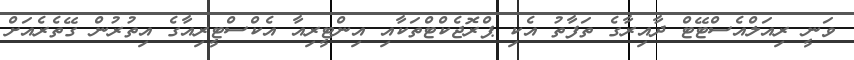
ވަނީ ރިއަލްއެސްޓޭޓް ދާއިރާގެ ތަފާތު އެކި ޕްރޮޖެކްޓްތަކާއި އިންޓީރިއާ އެކްސްޓީރިއާގެ އިތުރުން ގޭތެރެއަށް